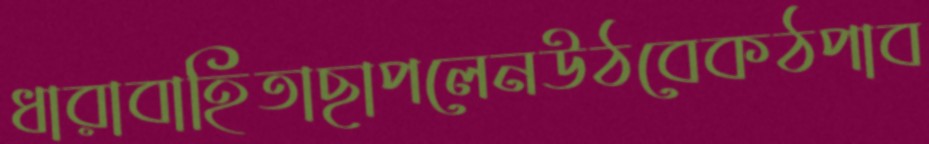
ধারাবাহিতাছাপলেনউঠবেকঠপাব